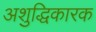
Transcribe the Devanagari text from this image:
अशुद्धिकारक